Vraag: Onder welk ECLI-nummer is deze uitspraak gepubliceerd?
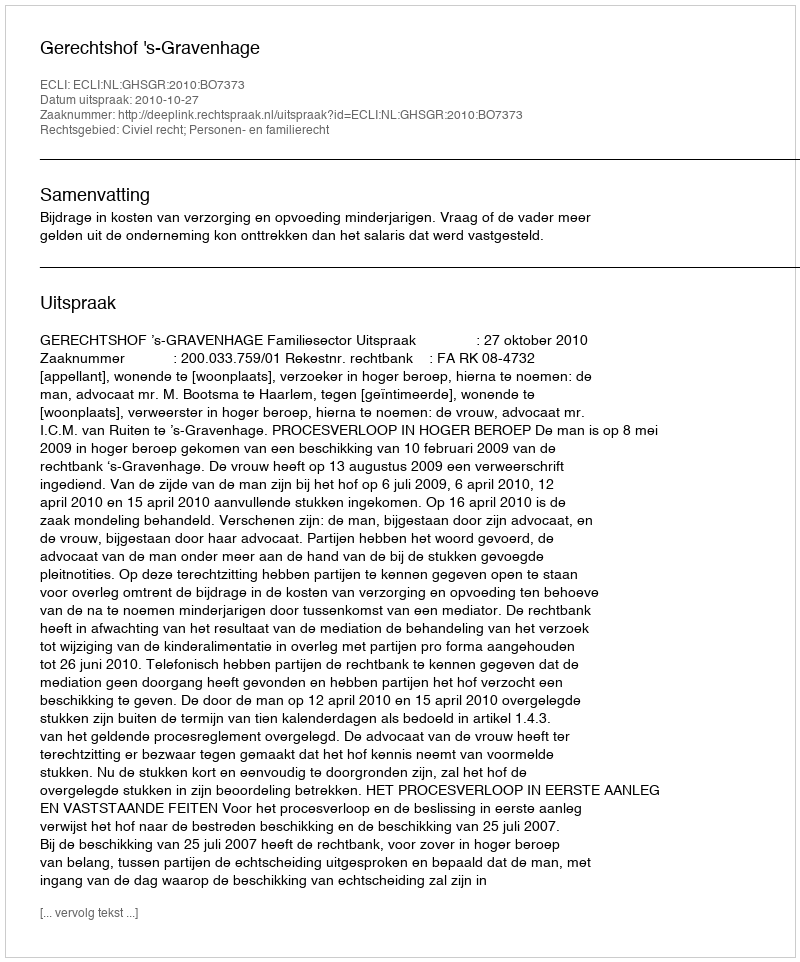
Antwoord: ECLI:NL:GHSGR:2010:BO7373